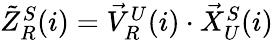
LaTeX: \begin{array}{r}{\tilde{Z}_{R}^{S}(i)=\vec{V}_{R}^{U}(i)\cdot\vec{X}_{U}^{S}(i)}\end{array}